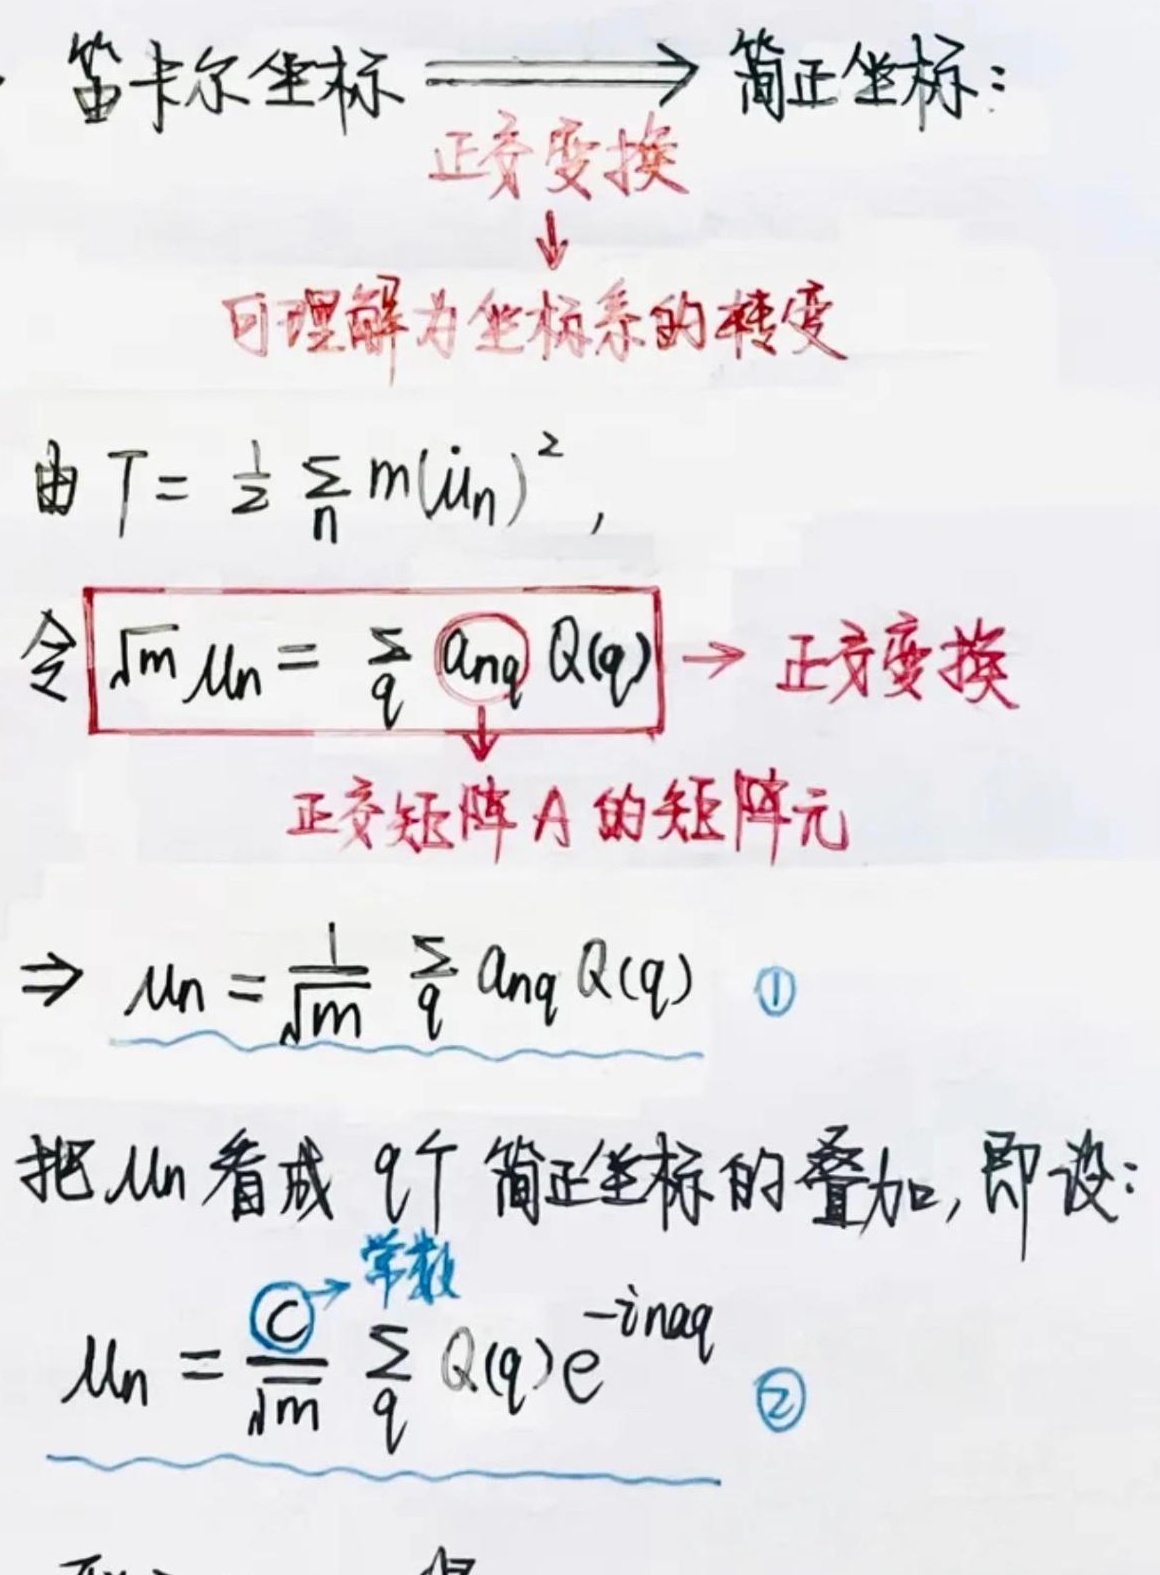
笛卡尔坐标 $\longrightarrow$ 简正坐标：正交变换可理解为坐标系的转变。

由 \(T = \frac{1}{2}\sum_{n}m(\dot{u}_{n})^{2}\)，令 \(\sqrt{m}\dot{u}_{n}=\sum_{q}a_{nq}Q(q)\)，这就是正交变换，正交矩阵 \(A\) 的矩阵元满足 \(\Rightarrow u_{n}=\frac{1}{\sqrt{m}}\sum_{q}a_{nq}Q(q)\)  \textcircled{1}

把 \(u_{n}\) 看成 \(q\) 个简正坐标的叠加，即设：\(u_{n}=\frac{C}{\sqrt{m}}\sum_{q}Q(q)e^{-inq}\) \textcircled{2}